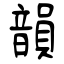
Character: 韻